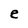
Character: e